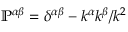
\mathbb { P } ^ { \alpha \beta } = \delta ^ { \alpha \beta } - k ^ { \alpha } k ^ { \beta } / k ^ { 2 }